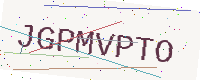
Text: JGPMVPTO